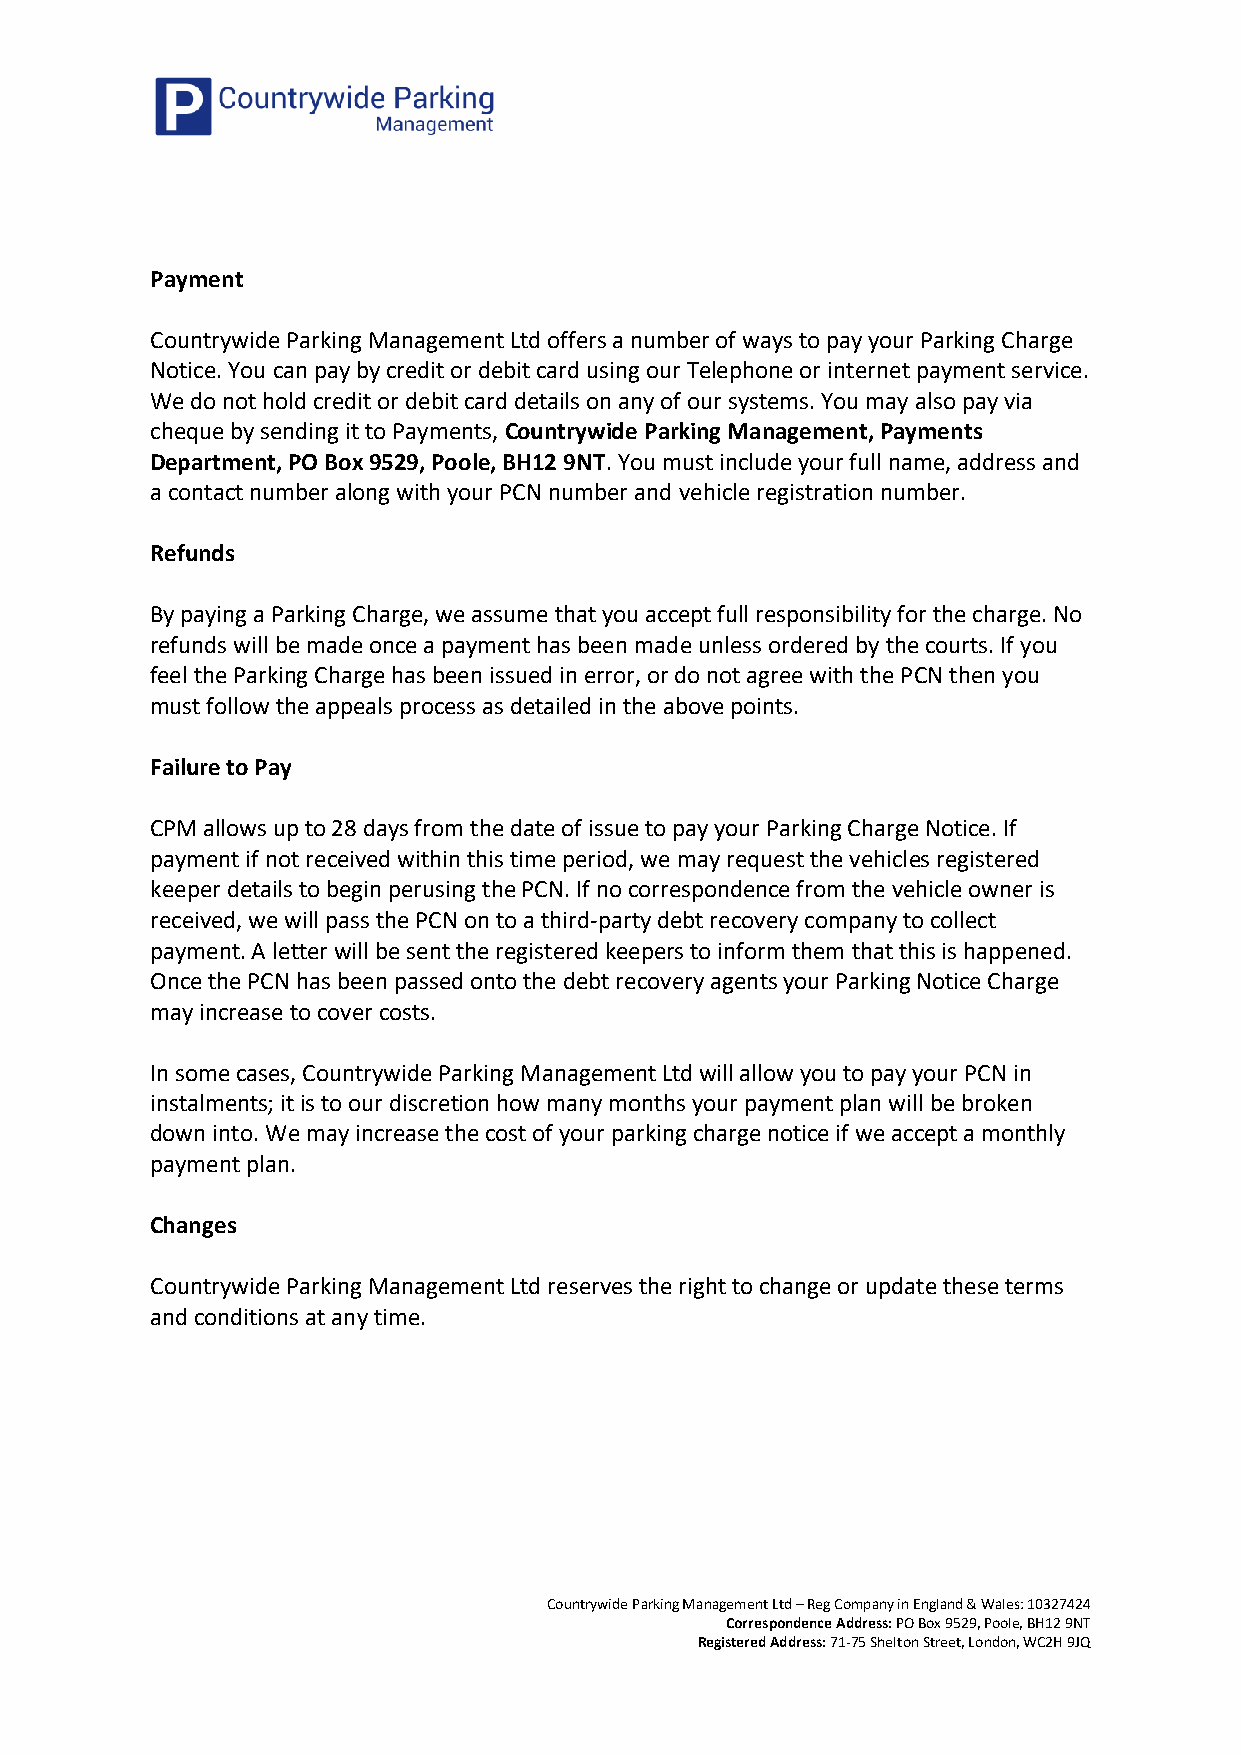
Payment
 Countrywide Parking Management Ltd offers a number of ways to pay your Parking Charge
 Notice. You can pay by credit or debit card using our Telephone or internet payment service.
 We do not hold credit or debit card details on any of our systems. You may also pay via
 cheque by sending it to Payments, Countrywide Parking Management, Payments
 Department, PO Box 9529, Poole, BH12 9NT. You must include your full name, address and
 a contact number along with your PCN number and vehicle registration number.
 Refunds
 By paying a Parking Charge, we assume that you accept full responsibility for the charge. No
 refunds will be made once a payment has been made unless ordered by the courts. If you
 feel the Parking Charge has been issued in error, or do not agree with the PCN then you
 must follow the appeals process as detailed in the above points.
 Failure to Pay
 CPM allows up to 28 days from the date of issue to pay your Parking Charge Notice. If
 payment if not received within this time period, we may request the vehicles registered
 keeper details to begin perusing the PCN. If no correspondence from the vehicle owner is
 received, we will pass the PCN on to a third-party debt recovery company to collect
 payment. A letter will be sent the registered keepers to inform them that this is happened.
 Once the PCN has been passed onto the debt recovery agents your Parking Notice Charge
 may increase to cover costs.
 In some cases, Countrywide Parking Management Ltd will allow you to pay your PCN in
 instalments; it is to our discretion how many months your payment plan will be broken
 down into. We may increase the cost of your parking charge notice if we accept a monthly
 payment plan.
 Changes
 Countrywide Parking Management Ltd reserves the right to change or update these terms
 and conditions at any time.
 Countrywide Parking Management Ltd – Reg Company in England & Wales: 10327424
 Correspondence Address: PO Box 9529, Poole, BH12 9NT
 Registered Address: 71-75 Shelton Street, London, WC2H 9JQ